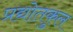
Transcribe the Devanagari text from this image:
प्रद्योतकुल